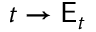
t \to \mathsf { E } _ { t }